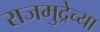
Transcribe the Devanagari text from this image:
राजमुद्रेच्या